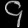
Digit: ၄